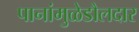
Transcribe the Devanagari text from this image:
पानांमुळेडौलदार